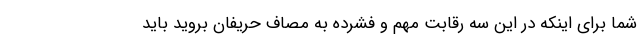
شما برای اینکه در این سه رقابت مهم و فشرده به مصاف حریفان بروید باید